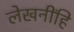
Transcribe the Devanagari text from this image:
लेखनींहि